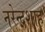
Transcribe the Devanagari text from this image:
नरेन्द्रशाह